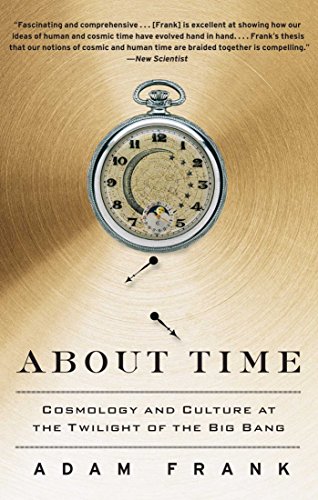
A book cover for About Time: Cosmology and Culture at the Twilight of the Big Bang; Adam Frank; Science & Math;